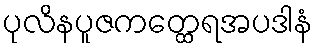
ပုလိနပူဇကတ္ထေရအပဒါနံ